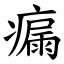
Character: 瘺